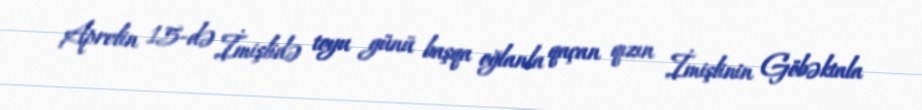
Aprelin 15-də İmişlidə toyu günü başqa oğlanla qaçan qızın İmişlinin Göbəktala